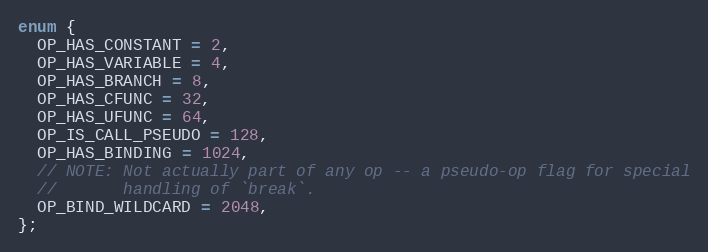
Language: C
enum {
  OP_HAS_CONSTANT = 2,
  OP_HAS_VARIABLE = 4,
  OP_HAS_BRANCH = 8,
  OP_HAS_CFUNC = 32,
  OP_HAS_UFUNC = 64,
  OP_IS_CALL_PSEUDO = 128,
  OP_HAS_BINDING = 1024,
  // NOTE: Not actually part of any op -- a pseudo-op flag for special
  //       handling of `break`.
  OP_BIND_WILDCARD = 2048,
};